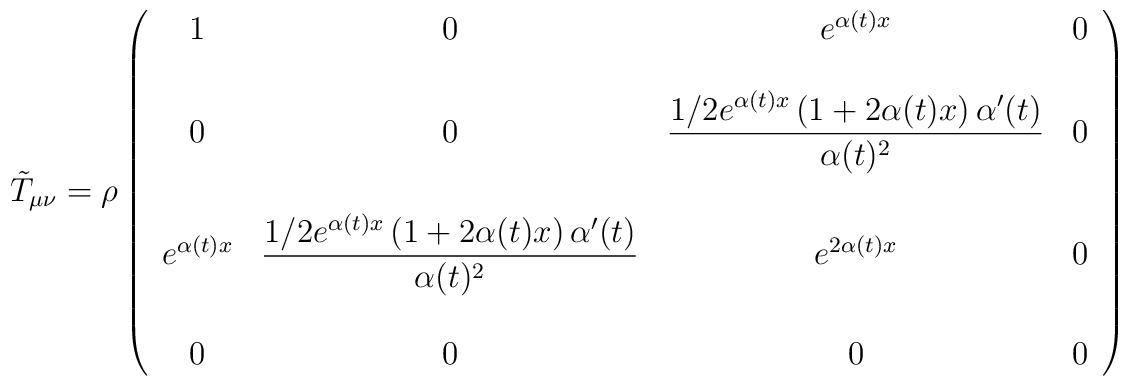
\tilde{T}_{\mu\nu}=\rho\left(\begin{array}{cccc}1 & 0 &e^{\alpha (t)x} &0\\&&&\\0 & 0 & \displaystyle{\frac{1/2e^{\alpha (t)x}\left(1+2\alpha (t)x\right)\alpha{'}(t)}{\alpha (t)^2}}& 0\\&&&\\e^{\alpha (t)x} & \displaystyle{\frac{1/2e^{\alpha (t)x}\left(1+2\alpha (t)x\right)\alpha{'}(t)}{\alpha (t)^2}} & e^{2\alpha (t)x} & 0\\&&&\\0&0&0&0\\\end{array}\right)